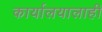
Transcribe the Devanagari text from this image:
कार्यालयालाही